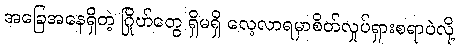
အခြေအနေရှိတဲ့ ဂြိုဟ်တွေ ရှိမရှိ လေ့လာရမှာစိတ်လှုပ်ရှားစရာပဲလို့